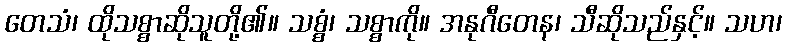
တေသံ၊ ထိုသစ္စာဆိုသူတို့၏။ သစ္စံ၊ သစ္စာကို။ အနုဂီတေန၊ သီဆိုသည်နှင့်။ သဟ၊